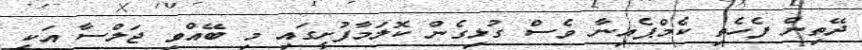
ދޭތިން ފެހެތި ކެމްޕެއިނާ ވެސް ގުޅިގެން ކޮލަމާފުށީގައި މި ބޭއްވި ޖަލްސާ އަކީ